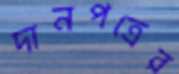
দানপত্রের